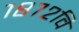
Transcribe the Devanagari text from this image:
१८७२वि